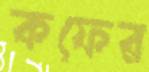
কফের